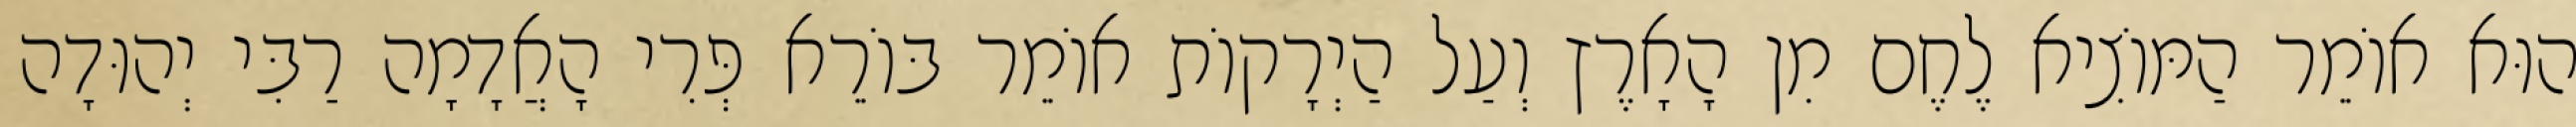
הוּא אוֹמֵר הַמּוֹצִיא לֶחֶם מִן הָאָרֶץ וְעַל הַיְרָקוֹת אוֹמֵר בּוֹרֵא פְּרִי הָאֲדָמָה רַבִּי יְהוּדָה